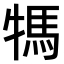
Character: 𤚴